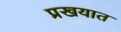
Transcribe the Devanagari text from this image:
प्रखयात